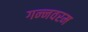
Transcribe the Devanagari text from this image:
गन्‍नवरम